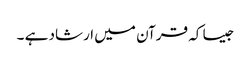
جیسا کہ قرآن میں ارشاد ہے ۔